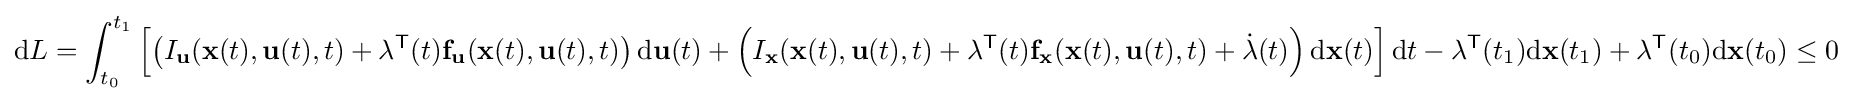
\mathrm {d} L=\int _{t_{0}}^{t_{1}}\left[\left(I_{\mathbf {u} }(\mathbf {x} (t),\mathbf {u} (t),t)+\mathbf {\lambda } ^{\mathsf {T}}(t)\mathbf {f} _{\mathbf {u} }(\mathbf {x} (t),\mathbf {u} (t),t)\right)\mathrm {d} \mathbf {u} (t)+\left(I_{\mathbf {x} }(\mathbf {x} (t),\mathbf {u} (t),t)+\mathbf {\lambda } ^{\mathsf {T}}(t)\mathbf {f} _{\mathbf {x} }(\mathbf {x} (t),\mathbf {u} (t),t)+{\dot {\mathbf {\lambda } }}(t)\right)\mathrm {d} \mathbf {x} (t)\right]\mathrm {d} t-\mathbf {\lambda } ^{\mathsf {T}}(t_{1})\mathrm {d} \mathbf {x} (t_{1})+\mathbf {\lambda } ^{\mathsf {T}}(t_{0})\mathrm {d} \mathbf {x} (t_{0})\leq 0